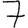
Digit: 7